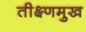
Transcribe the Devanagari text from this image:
तीक्ष्णमुख